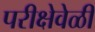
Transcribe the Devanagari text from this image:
परीक्षेवेळी